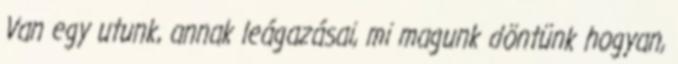
Van egy utunk, annak leágazásai, mi magunk döntünk hogyan,